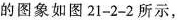
的图象如图21-2-2所示，